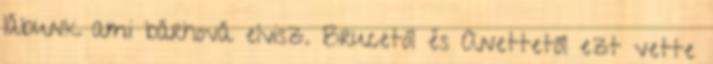
lábunk ami bárhová elvisz. Brucetól és Anettetől ezt vette